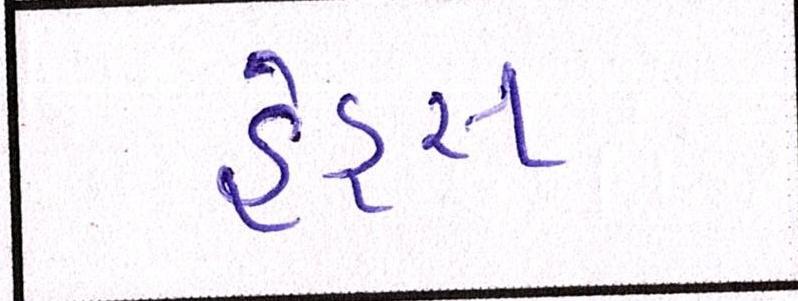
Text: હેડ્સ